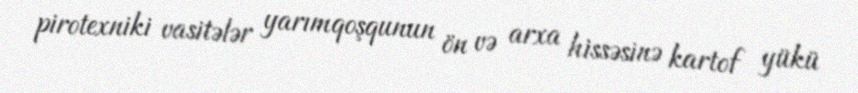
pirotexniki vasitələr yarımqoşqunun ön və arxa hissəsinə kartof yükü